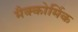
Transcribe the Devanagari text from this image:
मैक्कोर्मिक